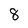
Character: 8